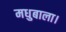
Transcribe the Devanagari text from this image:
मधुबाला।